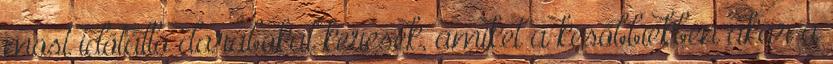
most időtálló darabokat keresek, amiket a későbbiekben akár a